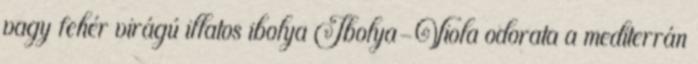
vagy fehér virágú illatos ibolya Ibolya-Viola odorata a mediterrán